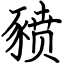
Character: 豮